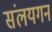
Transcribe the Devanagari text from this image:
संलयगन